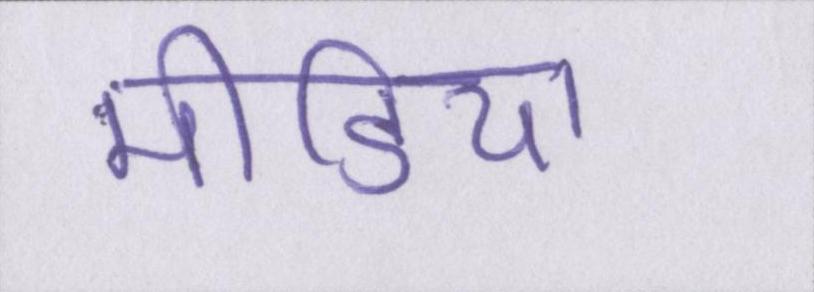
मीडिया